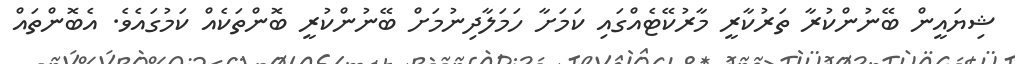
ޝިޔައީން ބޭނުންކުރާ ތަރުކާރީ މާރުކޭޓެއްގައި ކަމަށާ ހަމަލާދިނުމަށް ބޭނުންކުރީ ބޮންތަކެއް ކަމުގައެވެ. އެބޮންތައް